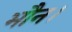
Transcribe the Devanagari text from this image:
भौन।